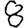
Digit: 8